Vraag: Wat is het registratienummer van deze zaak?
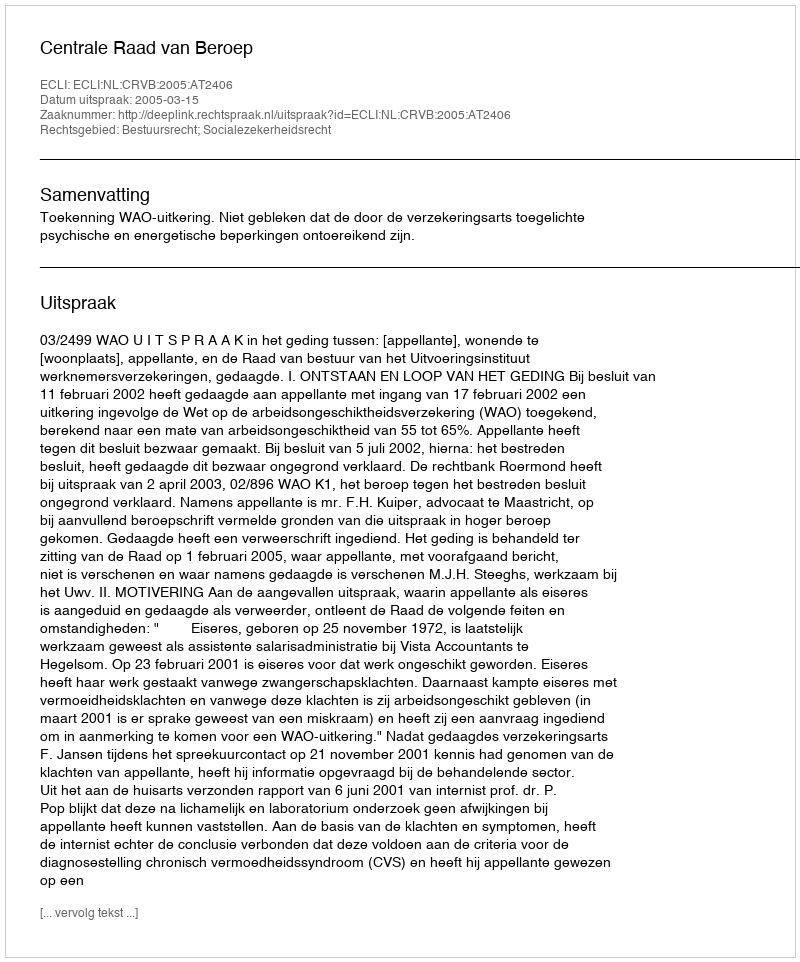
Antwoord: http://deeplink.rechtspraak.nl/uitspraak?id=ECLI:NL:CRVB:2005:AT2406